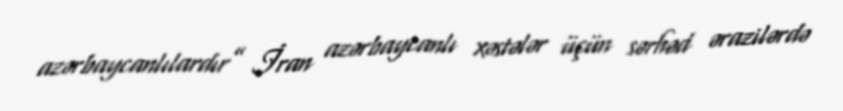
azərbaycanlılardır” İran azərbaycanlı xəstələr üçün sərhəd ərazilərdə